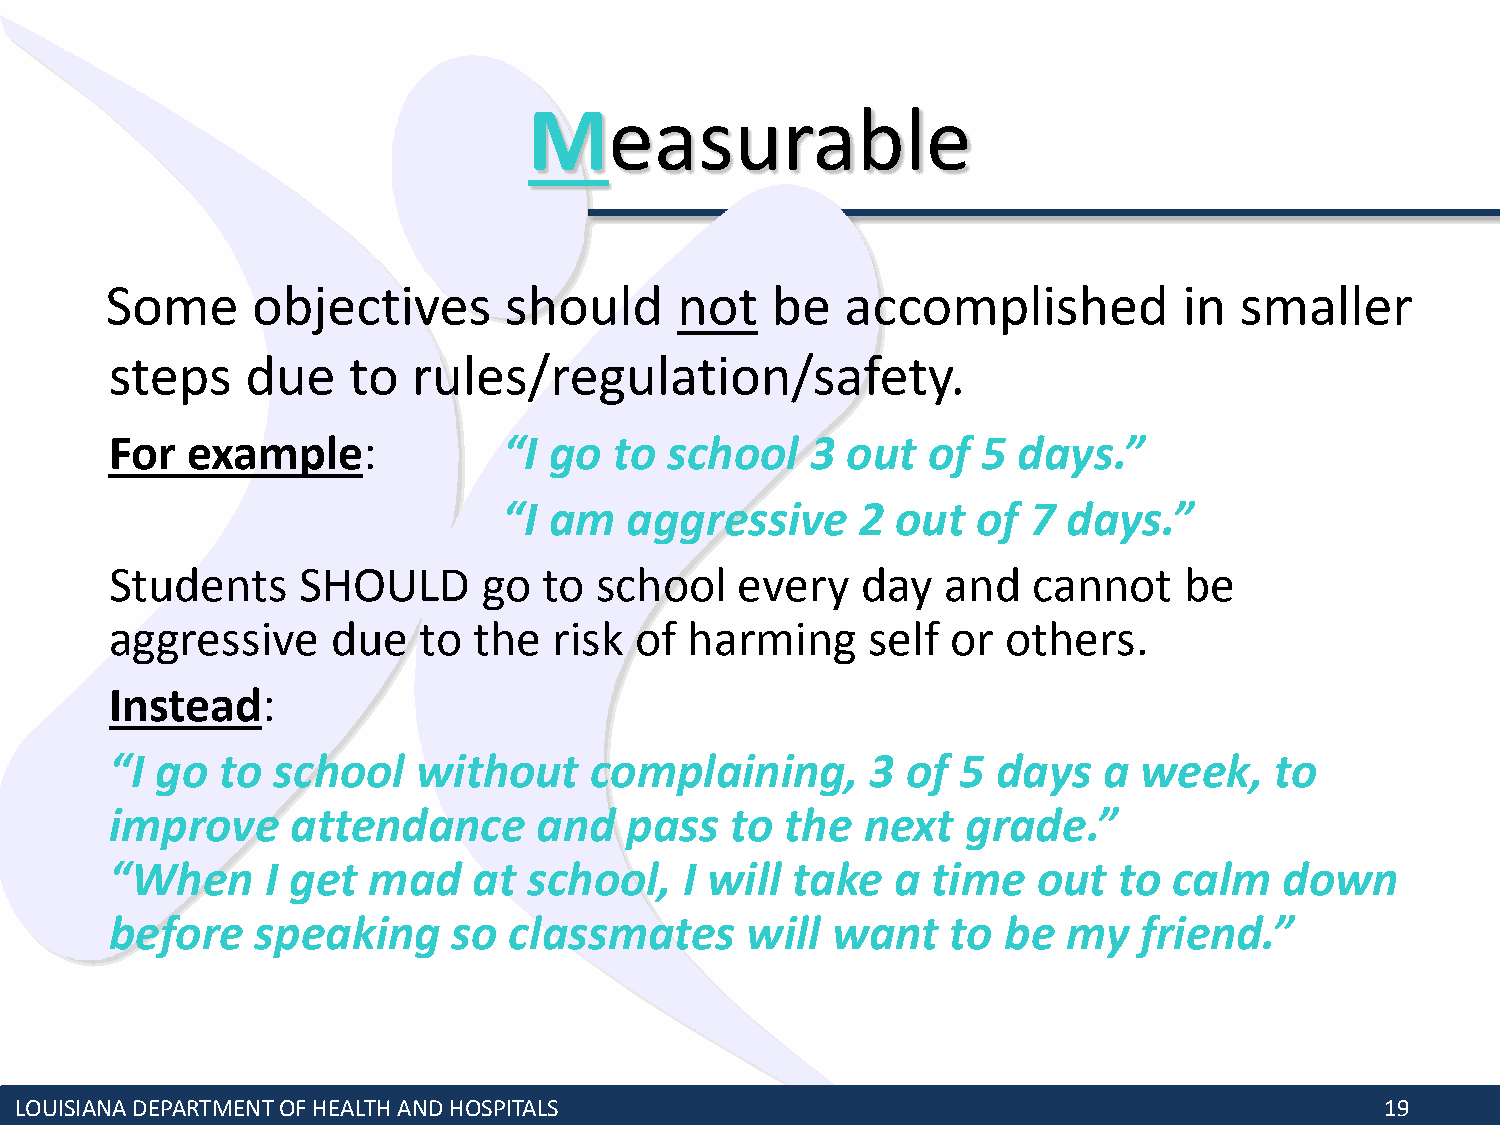
Measurable
 Some      objectives      should      not   be   accomplished          in  smaller
 steps    due    to  rules/regulation/safety.
 For  example:             “I go   to school    3 out  of  5 days.”
 “I am   aggressive      2 out   of 7  days.”
 Students     SHOULD      go  to school    every   day   and  cannot    be
 aggressive     due   to the   risk of  harming    self  or  others.
 Instead:
 “I go  to  school    without    complaining,       3 of  5 days   a week,    to
 improve     attendance       and  pass   to  the  next   grade.”
 “When      I get mad    at  school,   I will take   a  time   out  to  calm   down
 before    speaking     so  classmates     will  want    to be   my  friend.”
 LOUISIANA DEPARTMENT OF HEALTH AND HOSPITALS                                               19